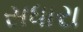
સધારા